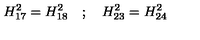
H _ { 1 7 } ^ { 2 } = H _ { 1 8 } ^ { 2 } \quad ; \quad H _ { 2 3 } ^ { 2 } = H _ { 2 4 } ^ { 2 }